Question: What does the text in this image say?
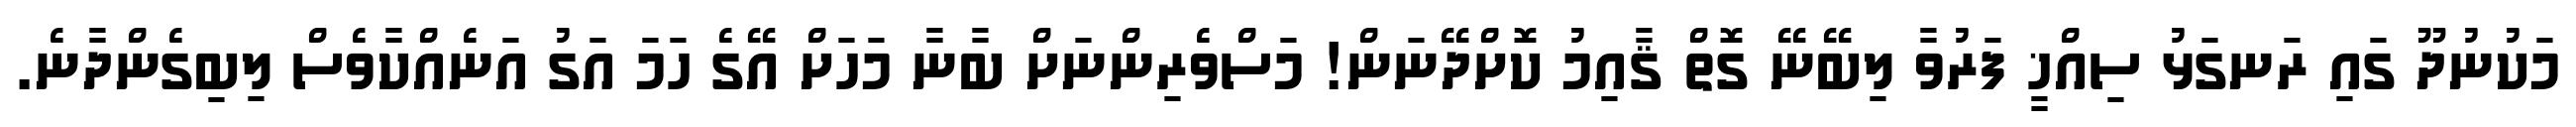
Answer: މަކުނުދޫ ގައި ރަނގަޅު ސިއްޚީ ފަރުވާ ލިބޭނޭ ގޮތް ޤާއިމު ކޮށްދޭނަން! މަސްވެރިންނަށް ބާނާ މަހަށް އޭގެ ހަމަ އަގު އަނެއްކާވެސް ލިބިގެންދާނެ.